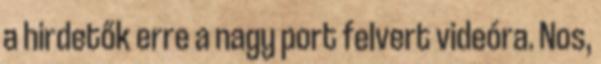
a hirdetők erre a nagy port felvert videóra. Nos,